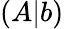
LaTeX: (A|b)